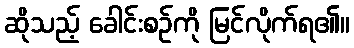
ဆိုသည့် ခေါင်းစဉ်ကို မြင်လိုက်ရ၏။